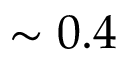
\sim 0 . 4